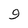
Character: 9